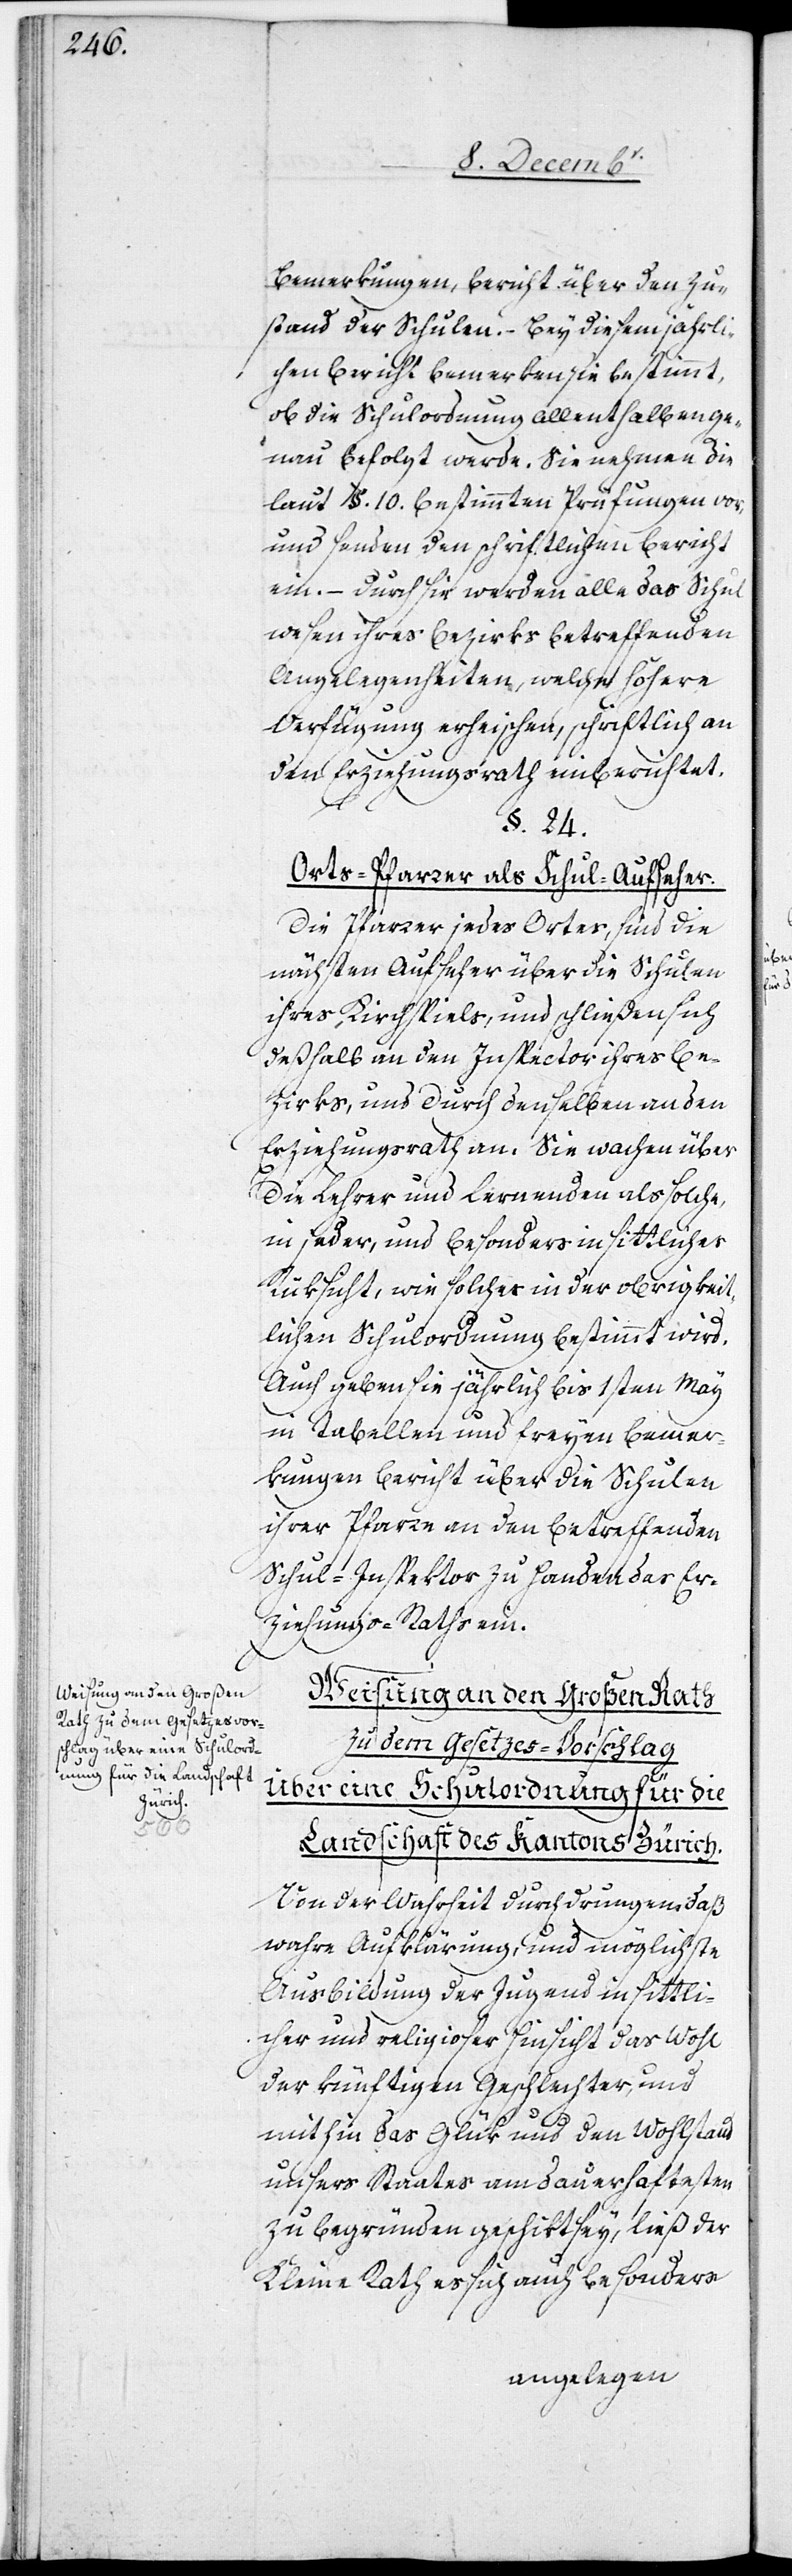
Bemerkungen, Bericht über den Zu¬
stand der Schulen. – Bey diesem jährli¬
chen Bericht bemerken sie bestimmt,
ob die Schulordnung allenthalben ge¬
nau befolgt werde. Sie nehmen die
laut §. 10. bestimmten Prüfungen vor,
und senden den schriftlichen Bericht
ein. – Durch sie werden alle das Schul¬
wesen ihres Bezirks betreffenden
Angelegenheiten, welche höhere
Verfügung erheischen, schriftlich an
den Erziehungsrath einberichtet.
§. 24.
Orts-Pfarrer als Schul-Aufseher.
Die Pfarrer jedes Ortes, sind die
nächsten Aufseher über die Schulen
ihres Kirchspiels, und schließen sich
deßhalb an den Inspector ihres Be¬
zirks, und durch denselben an den
Erziehungsrath an. Sie wachen über
die Lehrer und Lernenden als solche,
in jeder, und besonders in sittlicher
Rüksicht, wie solches in der obrigkeit¬
lichen Schulordnung bestimmt wird.
Auch geben sie jährlich bis 1sten May
in Tabellen und freyen Bemer¬
kungen Bericht über die Schulen
ihrer Pfarre an den betreffenden
Schul-Inspektor zu Handen des Er¬
ziehungs-Raths ein.
Weisung an den Großen Rath
zu dem Gesetzes-Vorschlag
Über eine Schulordnung für die
Landschaft des Kantons Zürich.
Von der Wahrheit durchdrungen, daß
wahre Aufklärung, und möglichste
Ausbildung der Jugend in sittli¬
cher und religiöser Hinsicht das Wohl
der künftigen Geschlechter, und
mithin das Glük und den Wohlstand
unsers Staates am dauerhaftesten
zu begründen geschikt sey, ließ der
Kleine Rath es sich auch besonders